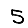
Digit: 5